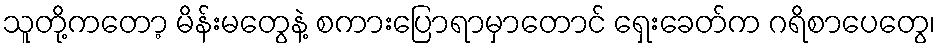
သူတို့ကတော့ မိန်းမတွေနဲ့ စကားပြောရာမှာတောင် ရှေးခေတ်က ဂရိစာပေတွေ၊